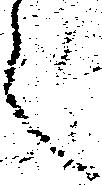
言